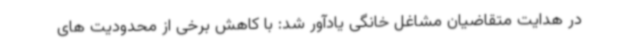
در هدایت متقاضیان مشاغل خانگی یادآور شد: با کاهش برخی از محدودیت های